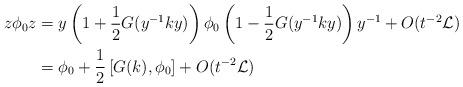
LaTeX: \begin{align*}z\phi_0z&=y\left(1+\frac{1}{2}G(y^{-1}ky)\right)\phi_0\left(1-\frac{1}{2}G(y^{-1}ky)\right)y^{-1}+O(t^{-2}\mathcal L) \\&=\phi_0+\frac{1}{2}\left[G(k),\phi_0\right]+O(t^{-2}\mathcal L)\end{align*}